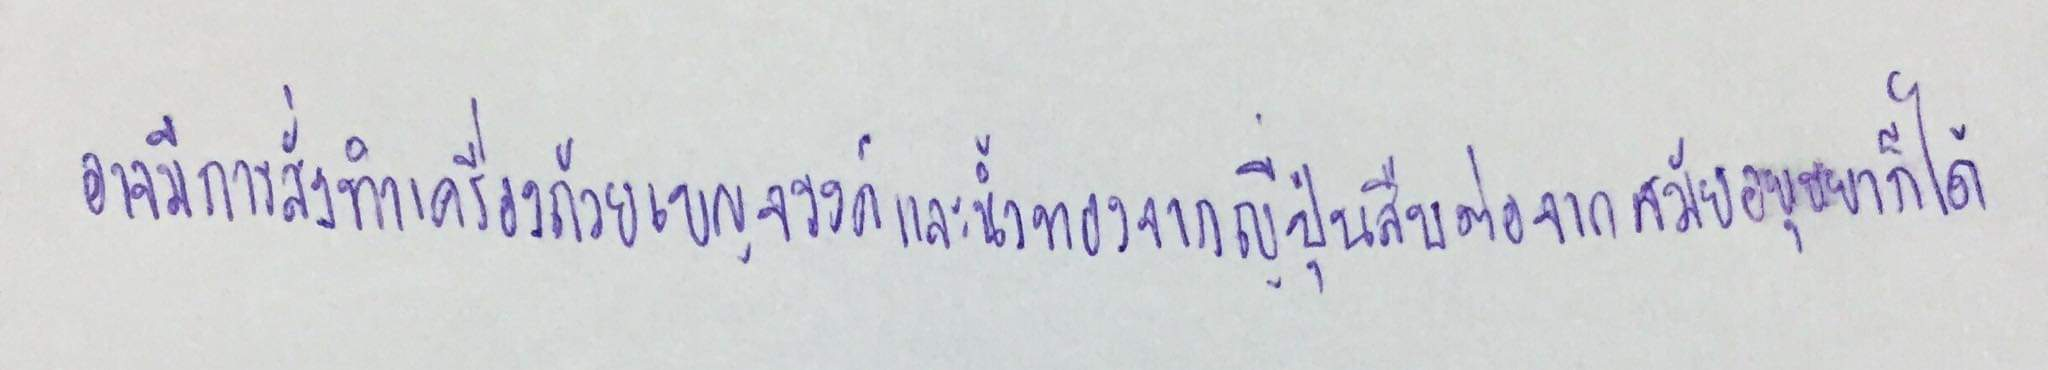
อาจมีการสั่งทำเครื่องถ้วยเบญจรงค์และลายน้ำทองจากญี่ปุ่นสืบต่อจากสมัยอยุธยาก็เป็นได้